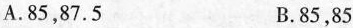
A.85，87.5 B.85，85